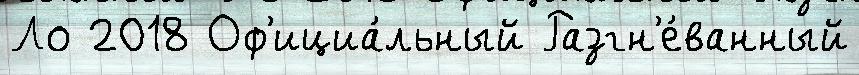
Ло 2018 Оф'ициа́льный Разгн'е́ванный